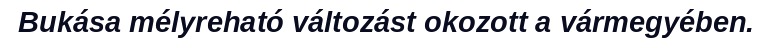
Bukása mélyreható változást okozott a vármegyében.